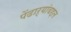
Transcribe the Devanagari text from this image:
पेंढाऱ्यांबद्दल